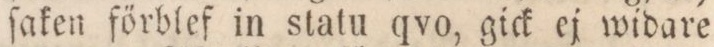
ſaken förblef in statu qvo, gick ej widare